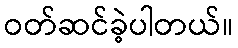
ဝတ်ဆင်ခဲ့ပါတယ်။